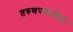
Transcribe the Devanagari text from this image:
तरुणपणातील